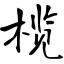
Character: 榄